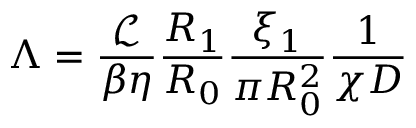
\Lambda = \frac { \mathcal { L } } { \beta \eta } \frac { R _ { 1 } } { R _ { 0 } } \frac { \xi _ { 1 } } { \pi R _ { 0 } ^ { 2 } } \frac { 1 } { \chi D }